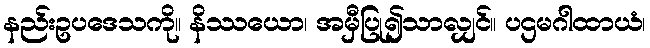
နည်းဥပဒေသကို။ နိဿယော၊ အမှီပြု၍သာလျှင်။ ပဌမဂါထာယံ၊